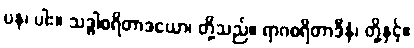
ပန၊ ပါး။ သဒ္ဓါစရိတာဒယော၊ တို့သည်။ ရာဂစရိတာဒီနံ၊ တို့နှင့်။